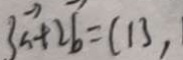
3 \overrightarrow { a } + 2 \overrightarrow { b } = ( 1 3 ,